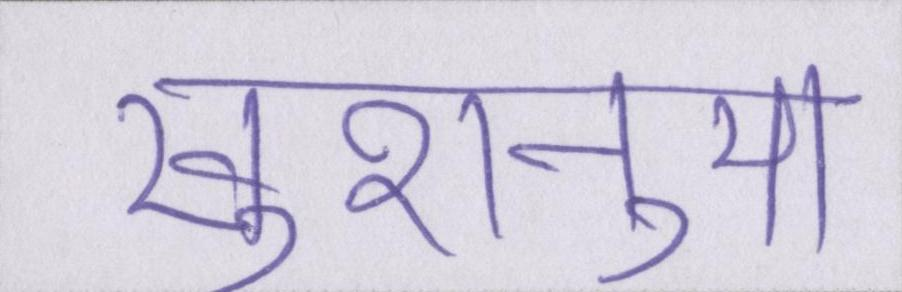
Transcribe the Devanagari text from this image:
खुशनुमा